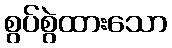
စွပ်စွဲထားသော